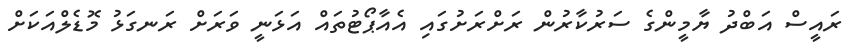
ރައީސް އަބްދު ޔާމީންގެ ސަރުކާރުން ރަށްރަށުގައި އެއާޕޯޓުތައް އަޅަނީ ވަރަށް ރަނގަޅު މޮޑެލްއަކަށް